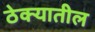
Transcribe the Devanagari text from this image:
ठेक्‍यातील